Scottish Certificate of Education, 1963
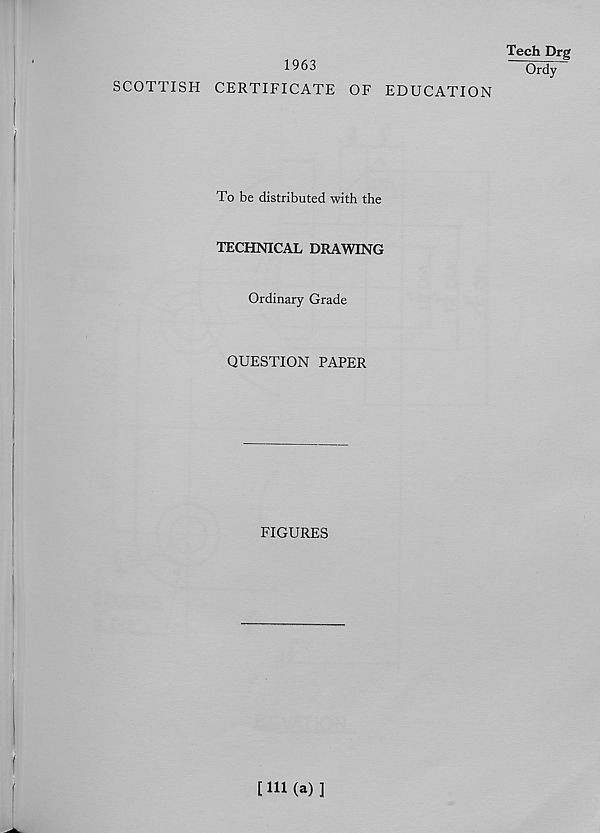
Tech Drg
Ordy
1963
SCOTTISH CERTIFICATE OF EDUCATION
To be distributed with the
TECHNICAL DRAWING
Ordinary Grade
QUESTION PAPER
FIGURES
[111 (a)]